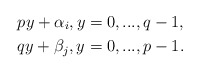
\begin{align*} &py+\alpha_i, y=0,...,q-1,\\ &qy+\beta_j, y=0,...,p-1. \end{align*}